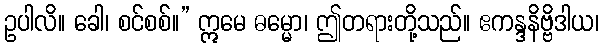
ဥပါလိ။ ခေါ၊ စင်စစ်။” ဣမေ ဓမ္မော၊ ဤတရားတို့သည်။ ဧကန္ဒနိဗ္ဗိဒါယ၊